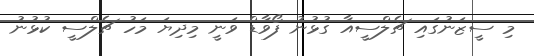
މި ސީޒަނުގައި ޗެލްސީއާ ގުޅުނު ފޯވާޑް ވަނީ މިދިޔަ މަހު ޗެލްސީ ކުޅުނު